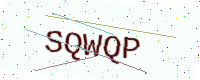
Text: SQWQP